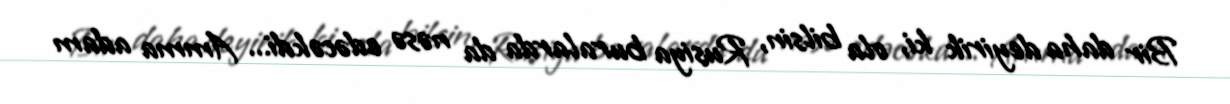
Bir daha deyirik ki, ola bilsin, Rusiya buralarda da nəsə edəcəkdi... Amma adam